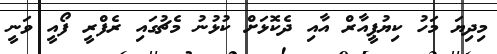
މިދިޔަ މަހު ކިޔުޕީއާރް އާއި ދެކޮޅަށް ކުޅުނު މެޗުގައި ރެފްރީ ފޯއީ ވަނީ